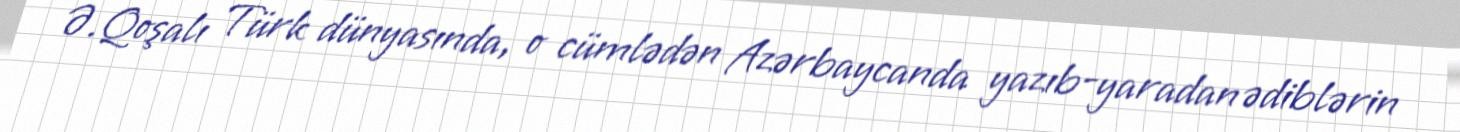
Ə.Qoşalı Türk dünyasında, o cümlədən Azərbaycanda yazıb-yaradan ədiblərin